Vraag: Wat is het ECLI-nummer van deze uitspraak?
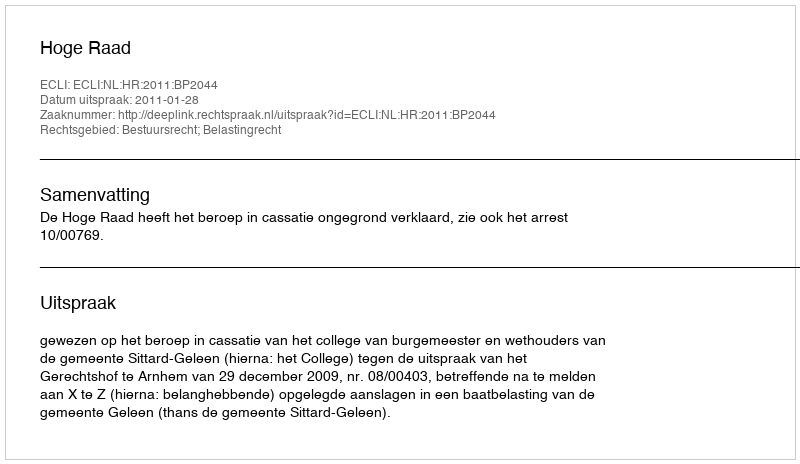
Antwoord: ECLI:NL:HR:2011:BP2044